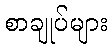
စာချုပ်များ